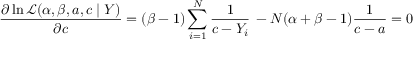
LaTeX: { \frac { \partial \ln { \mathcal { L } } ( \alpha , \beta , a , c \mid Y ) } { \partial c } } = ( \beta - 1 ) \sum _ { i = 1 } ^ { N } { \frac { 1 } { c - Y _ { i } } } \, - N ( \alpha + \beta - 1 ) { \frac { 1 } { c - a } } = 0